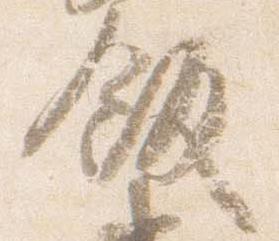
飯